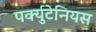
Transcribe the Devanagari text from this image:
पर्क्युटेनियस